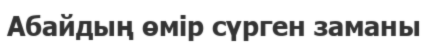
Абайдың өмір сүрген заманы